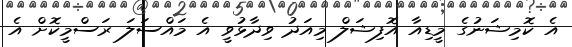
އެ ކޮމިޝަނުގެ މީޑިއާ އޮފިޝަލް މިއަދު ވިދާޅުވީ އެ މައްސަލަ ރަސްމީކޮށް އެ